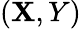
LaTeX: (\mathbf{X},Y)